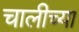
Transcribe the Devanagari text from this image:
चालीच्या